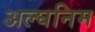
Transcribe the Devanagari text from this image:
अल्घनिम